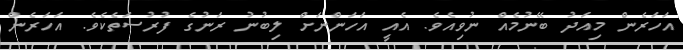
އަހަރެން މިއަދު ބޭނުމެއް ނުވިއެވެ. އެއީ އަހަންނަށް ލިބުނު ރަނުގެ ފުރުސަތެކެވެ. އަހަރެން